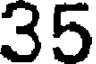
35